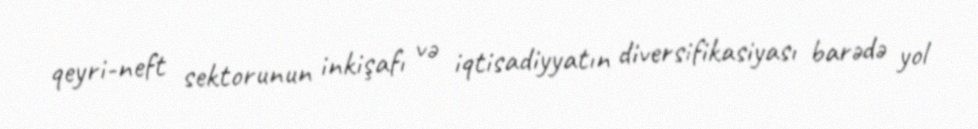
qeyri-neft sektorunun inkişafı və iqtisadiyyatın diversifikasiyası barədə yol